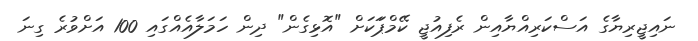
ނައިޖީރިޔާގެ އަސްކަރިއްޔާއިން ރެފިއުޖީ ކޭމްޕަަކަށް "އޮޅިގެން" ދިން ހަމަލާއެއްގައި 100 އަށްވުރެ ގިނަ